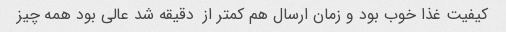
کیفیت غذا خوب بود و زمان ارسال هم کمتر از  دقیقه شد عالی بود همه چیز